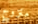
متزوج